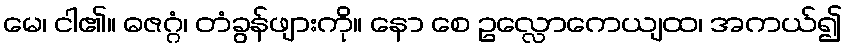
မေ၊ ငါ၏။ ဓဇဂ္ဂံ၊ တံခွန်ဖျားကို။ နော စေ ဥလ္လောကေယျထ၊ အကယ်၍